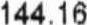
144.16